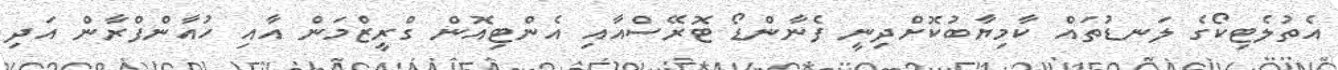
އެތުލެޓިކޯގެ ލަނޑުތައް ކާމިޔާބުކޮށްދިނީ ފެނާންޑޯ ޓޮރޭސްއާއި އެންޓިއޮން ގްރީޒްމަން އާއި ހުއާންފްރާން އަދި